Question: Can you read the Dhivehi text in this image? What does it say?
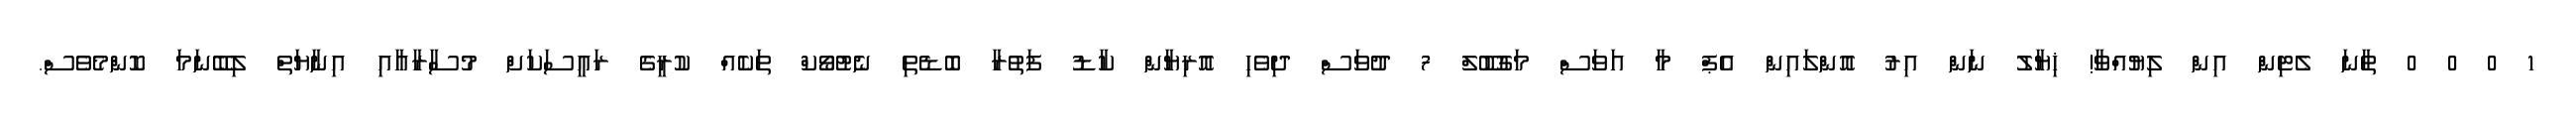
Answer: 1 0 0 0 ތާނަ ލެޓިން އިން ލިޔުއްވާ! ޚިޔާލު ނަން އިރު އޮންލައިން އެޕް މާ އަވަސް މަގުބޫލް 7 ދުވަސް ދިވެހި އޮރިޔާން ކާޑު ފަތުރާ ބޮޑެތި ނެޓުވޯކް ތަކެއް ކުރީގެ ރައީސަކަށް މުސާރާއާއި އިނާޔަތް ލިބޭނަމަ ކޮންމެވެސް.